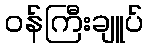
ဝန်ကြီးချူပ်